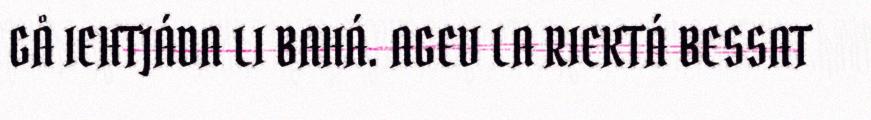
GÅ IEHTJÁDA LI BAHÁ. AGEV LA RIEKTÁ BESSAT